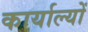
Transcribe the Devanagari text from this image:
कार्याल्यों